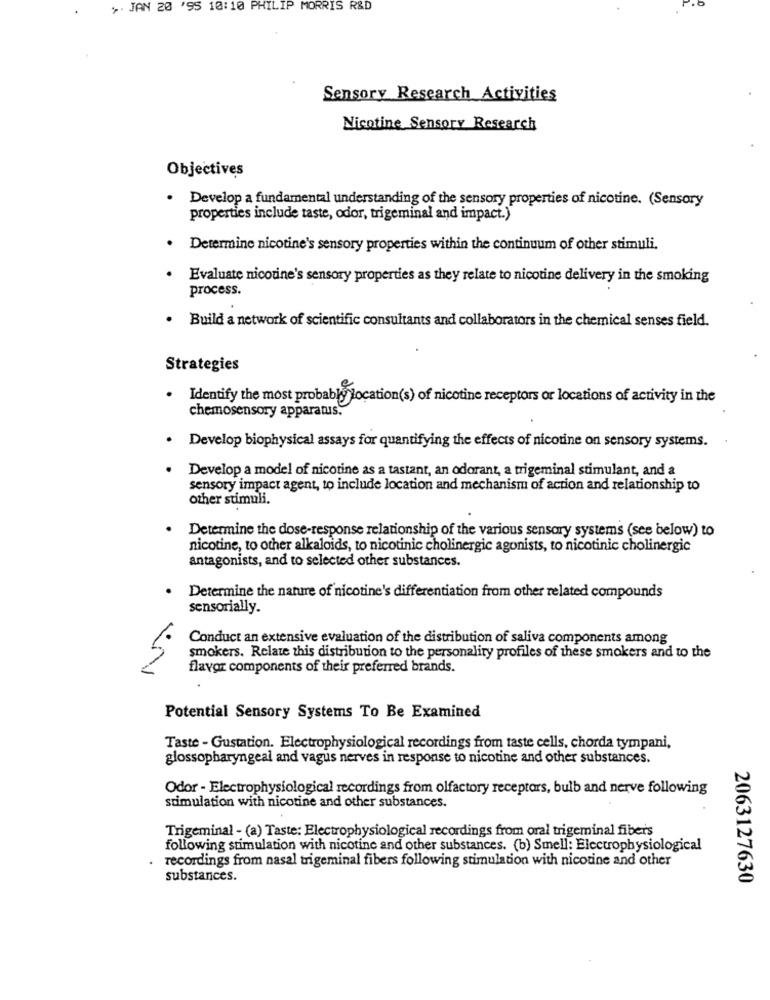
+. JAN 20 '95 10:10 PHILIP MORRIS R&D
Sensory Research Activities
Nicotine Sensory Research
Objectives
. Develop a fundamental understanding of the sensory properties of nicotine. (Sensory
properties include taste, odor, trigeminal and impact.)
. Determine nicotine's sensory properties within the continuum of other stimuli.
. Evaluate nicotine's sensory properties as they relate to nicotine delivery in the smoking
process.
. Build a network of scientific consultants and collaborators in the chemical senses field.
Strategies
Identify the most probably location(s) of nicotine receptors or locations of activity in the
chemosensory apparatus.
. Develop biophysical assays for quantifying the effects of nicotine on sensory systems.
Develop a model of nicotine as a tastant, an odorant, a trigeminal stimulant, and a
sensory impact agent, to include location and mechanism of action and relationship to
other stimuli.
Determine the dose-response relationship of the various sensory systems (see below) to
nicotine, to other alkaloids, to nicotinic cholinergic agonists, to nicotinic cholinergic
antagonists, and to selected other substances.
Determine the nature of nicotine's differentiation from other related compounds
sensorially.
Conduct an extensive evaluation of the distribution of saliva components among
smokers. Relate this distribution to the personality profiles of these smokers and to the
flavor components of their preferred brands.
Potential Sensory Systems To Be Examined
Taste - Gustation. Electrophysiological recordings from taste cells, chorda tympani,
glossopharyngeal and vagus nerves in response to nicotine and other substances.
Odor - Electrophysiological recordings from olfactory receptors, bulb and nerve following
stimulation with nicotine and other substances.
Trigeminal - (a) Taste: Electrophysiological recordings from oral trigeminal fibers
following stimulation with nicotine and other substances. (b) Smell: Electrophysiological
recordings from nasal trigeminal fibers following stimulation with nicotine and other
substances.
2063127630